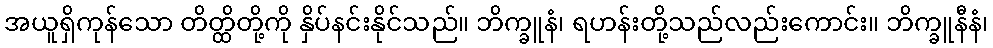
အယူရှိကုန်သော တိတ္ထိတို့ကို နှိပ်နင်းနိုင်သည်။ ဘိက္ခူနံ၊ ရဟန်းတို့သည်လည်းကောင်း။ ဘိက္ခူနီနံ၊